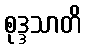
စုဒ္ဒသာတိ